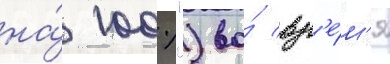
на́ 100%") во́ вр'е́м'я